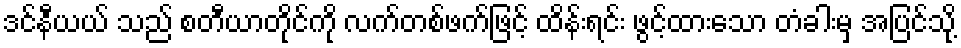
ဒင်နီယယ် သည် စတီယာတိုင်ကို လက်တစ်ဖက်ဖြင့် ထိန်းရင်း ဖွင့်ထားသော တံခါးမှ အပြင်သို့